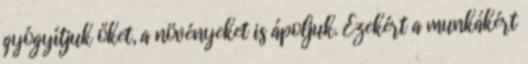
gyógyítjuk őket, a növényeket is ápoljuk. Ezekért a munkákért